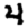
Digit: 4